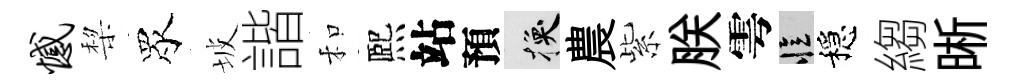
憾棃眾坡諧和熈站預换農紫朕雩忆穩縐晰